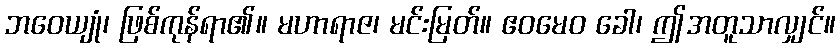
ဘဝေယျုံ၊ ဖြစ်ကုန်ရာ၏။ မဟာရာဇ၊ မင်းမြတ်။ ဧဝမေဝ ခေါ၊ ဤအတူသာလျှင်။